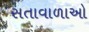
સતાવાળાઓ